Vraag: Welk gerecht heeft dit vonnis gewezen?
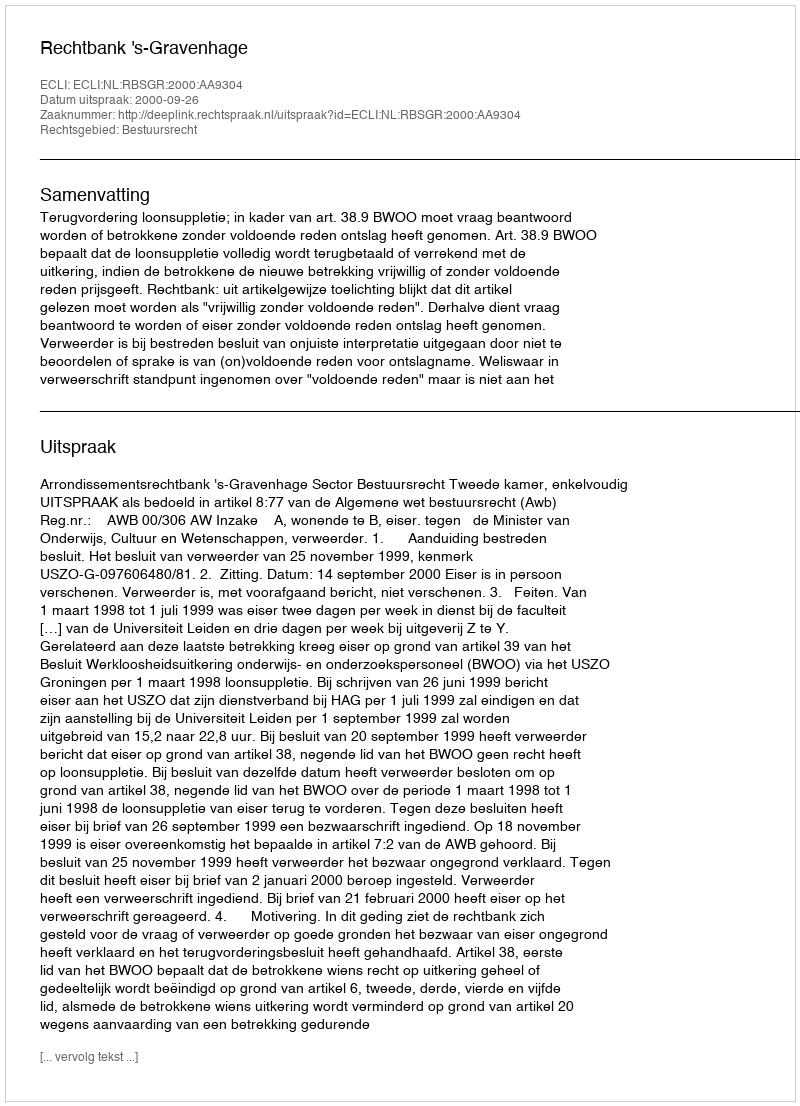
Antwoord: Rechtbank 's-Gravenhage